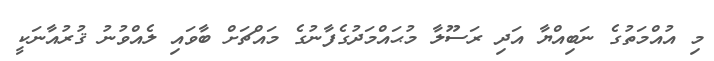
މި އުއްމަތުގެ ނަބިއްޔާ އަދި ރަސޫލާ މުޙައްމަދުގެފާނުގެ މައްޗަށް ބާވައި ލެއްވުނު ޤުރުއާނަކީ